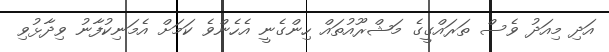
އަދި މިއަދު ވެސް ތަރައްގީގެ މަޝްރޫއުތައް ހިންގެނީ އެހެންވެ ކަމަށް އެމަނިކުފާނު ވިދާޅުވި